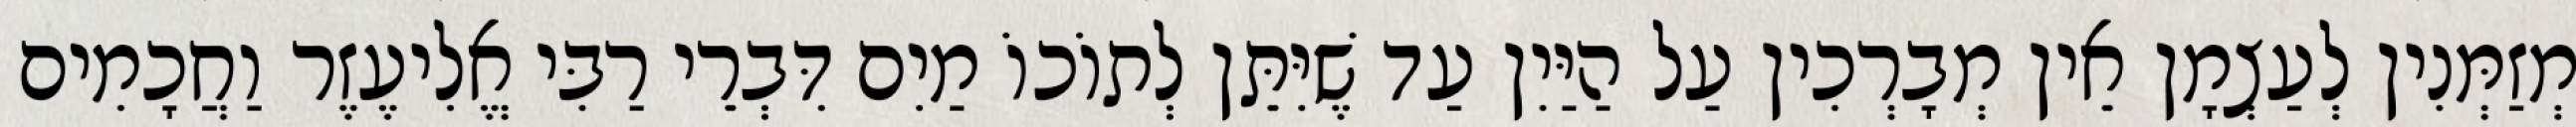
מְזַמְּנִין לְעַצְמָן אֵין מְבָרְכִין עַל הַיַּיִן עַד שֶׁיִּתֵּן לְתוֹכוֹ מַיִם דִּבְרֵי רַבִּי אֱלִיעֶזֶר וַחֲכָמִים